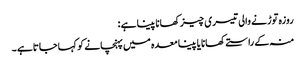
روزہ توڑنے والی تیسری چیز کھانا پینا ہے :
منہ کے راستےکھانا یا پینا معدہ میں پہنچانے کو کہاجاتاہے ۔